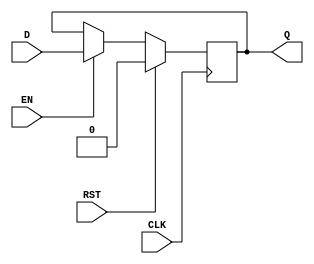
module Gated_D_latch_flip_flop (
    input D,
    input EN,
    input CLK,
    input RST,
    output reg Q
);

always @ (posedge CLK) begin
    if (RST) begin
        Q <= 0; // Reset
    end else begin
        if (EN) begin
            Q <= D; // Latch data input when enable is high
        end
    end
end

endmodule